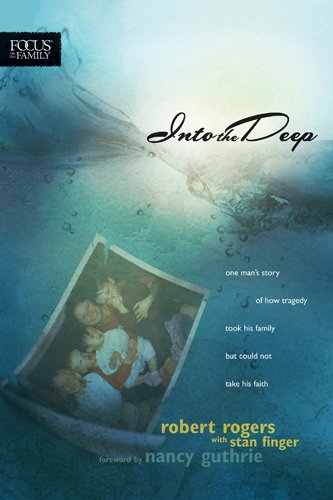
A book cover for Into the Deep: One Man's Story of How Tragedy Took His Family but Could Not Take His Faith (Focus on the Family Books); Robert T. Rogers; Biographies & Memoirs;